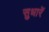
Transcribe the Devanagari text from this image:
सुधारें